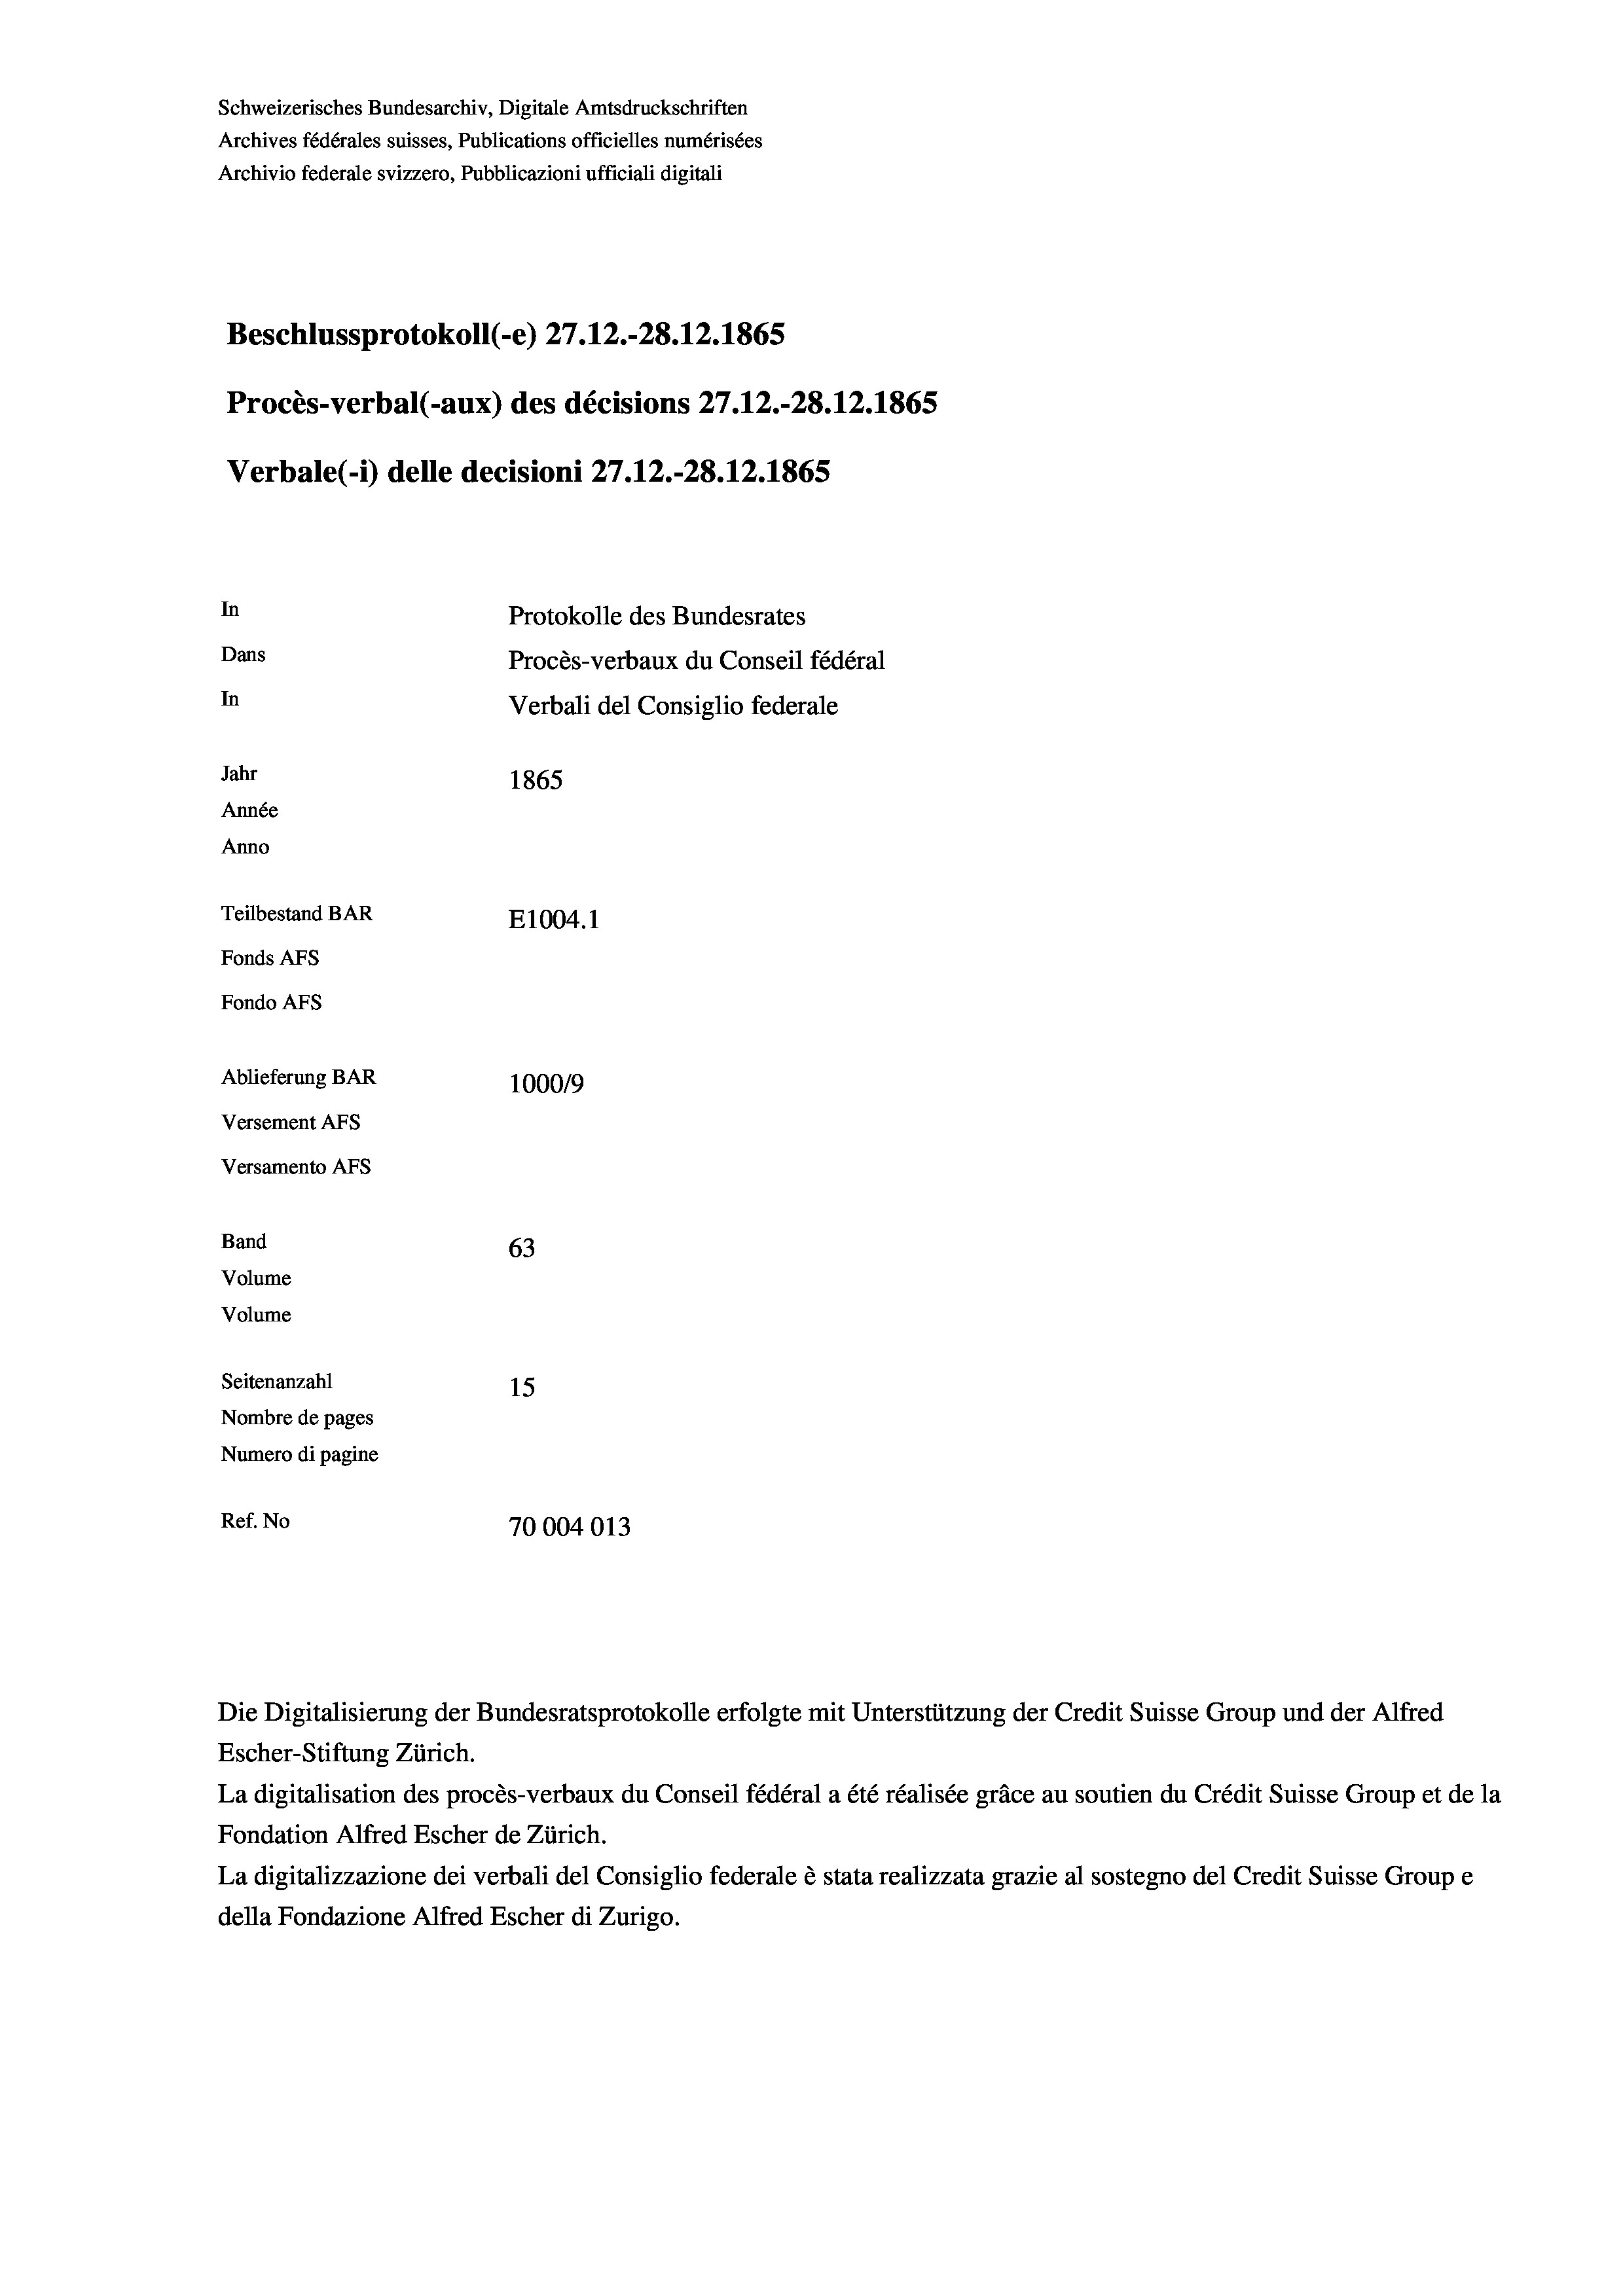
Schweizerisches Bundesarchiv, Digitale Amtsdruckschriften
Archives fédérales suisses, Publications officielles numérisées
Archivio federale svizzero, Pubblicazioni ufficiali digitali
Beschlussprotokoll (-e) 27.12.-28. 12. 1865
Procès-verbal (-aux) des décisions 27.12.-28.12.1865
Verbale (i) delle decisioni 27.12.-28.12. 1865
In
Protokolle des Bundesrates
Dans
Procès-verbaux du Conseil fédéral
In
Verbali del Consiglio federale
Jahr
1865
Année
Anno
Teilbestand BAR
E1004. 1
Fonds AFs
Fondo Afs
Ablieferung BAR
100019
Versement AFs
Versamento Afs
Band
63
Volume
Volume
Seitenanzahl
15
Nombre de pages
Numero di pagine
Ref. No
70004013

Escher-Stiftung Zürich.
La digitalisation des procès-verbaux du Conseil fédéral a été réalisée gräce au soutien du Crédit Suisse Group et de la
Fondation Alfred Escher de Zürich.
La digitalizzazione dei verbali del Consiglio federale è stata realizzata grazie al sostegno del Credit Suisse Groupe
della Fondazione Alfred Escher di Zurigo.

Die Digitalisierung der Bundesratsprotokolle erfolgte mit Unterstützung der Credit Suisse Group und der Alfred